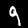
Digit: 9